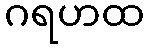
ဂရဟထ